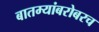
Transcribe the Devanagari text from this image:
बातम्यांबरोबरच